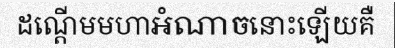
ដណ្តើមមហាអំណាចនោះឡើយគឺ